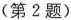
(第2题)